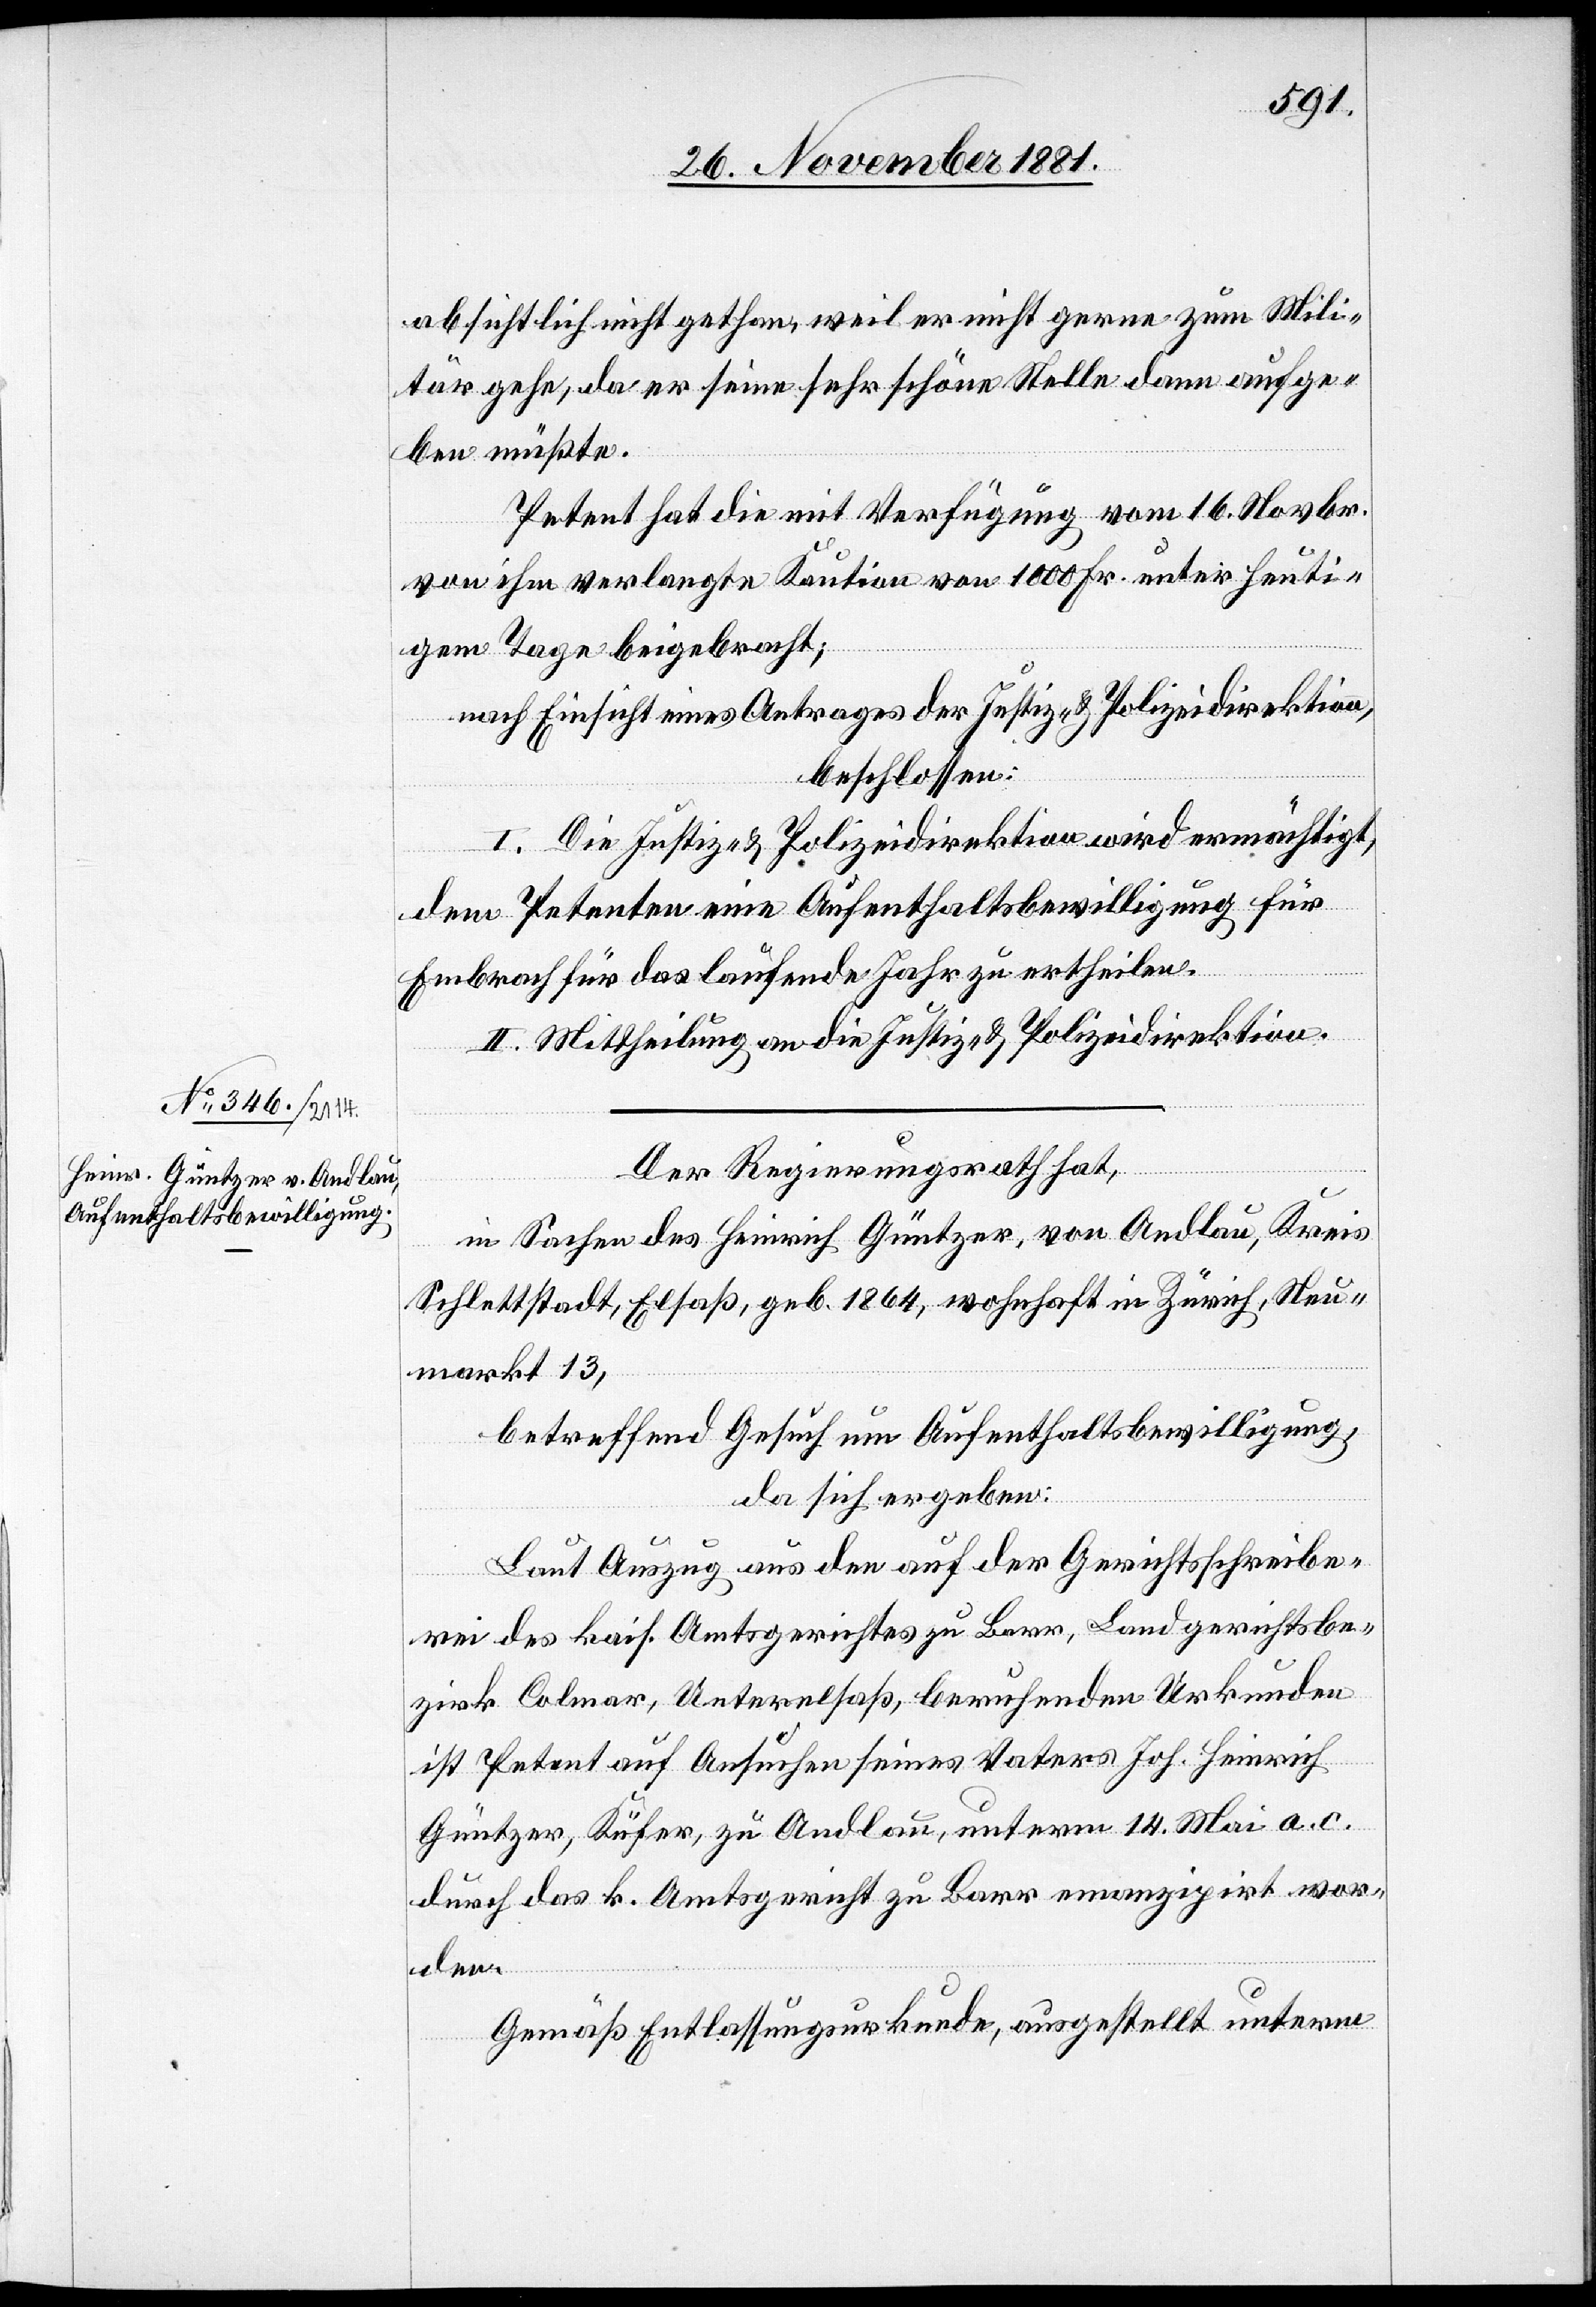
absichtlich nicht gethan, weil er nicht gerne zum Mili¬
tär gehe, da er seine sehr schöne Stelle dann aufge¬
ben müßte.
Petent hat die mit Verfügung vom 16. Novbr.
von ihm verlangte Kaution von 1000 Fr. unter heuti¬
gem Tage beigebracht;
nach Einsicht eines Antrages der Justiz- & Polizeidirektion,
beschlossen:
I. Die Justiz- & Polizeidirektion wird ermächtigt,
dem Petenten eine Aufenthaltsbewilligung für
Embrach für das laufende Jahr zu ertheilen.
II. Mittheilung an die Justiz- & Polizeidirektion.
Der Regierungsrath hat,
in Sachen des Heinrich Güntzer, von Andlau, Kreis
Schlettstadt, Elsaß, geb. 1864, wohnhaft in Zürich, Neu¬
markt 13,
betreffend Gesuch um Aufenthaltsbewilligung,
da sich ergeben:
Laut Auszug aus den auf der Gerichtsschreibe¬
rei des kais. Amtsgerichtes zu Barr, Landgerichtsbe¬
zirk Colmar, Unterelsaß, beruhenden Urkunden
ist Petent auf Ansuchen seines Vaters Joh. Heinrich
Güntzer, Küfer, zu Andlau, unterm 14. Mai a. c.
durch das k. Amtsgericht zu Barr emanzipirt wor¬
den.
Gemäß Entlassungsurkunde, ausgestellt unterm